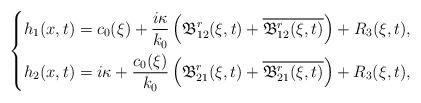
LaTeX: \begin{align*} \left\{ \begin{aligned} &h_1(x,t)=c_0(\xi)+\frac{i\kappa}{k_0}\left(\mathfrak{B}_{12}^r(\xi,t)+\overline{\mathfrak{B}_{12}^r(\xi,t)}\right)+R_3(\xi,t),\\ &h_2(x,t)=i\kappa+\frac{c_0(\xi)}{k_0}\left(\mathfrak{B}_{21}^r(\xi,t)+\overline{\mathfrak{B}_{21}^r(\xi,t)}\right)+R_3(\xi,t), \end{aligned} \right. \end{align*}